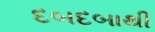
દબદબાથી